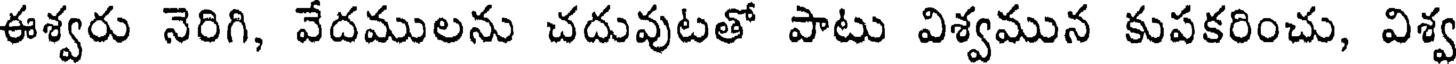
ఈశ్వరు నెరిగి, వేదములను చదువుటతో పాటు విశ్వమున కుపకరించు, విశ్వ